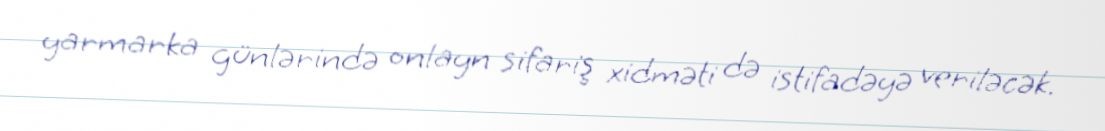
yarmarka günlərində onlayn sifariş xidməti də istifadəyə veriləcək.